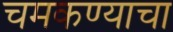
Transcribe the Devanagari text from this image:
चमकण्याचा